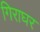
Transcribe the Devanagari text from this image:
गिराघर